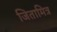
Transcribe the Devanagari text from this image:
जितामित्र